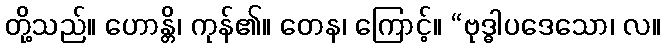
တို့သည်။ ဟောန္တိ၊ ကုန်၏။ တေန၊ ကြောင့်။ “ဗုဒ္ဓါပဒေသော၊ လ။